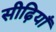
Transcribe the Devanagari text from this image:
सीढ़ियाँ